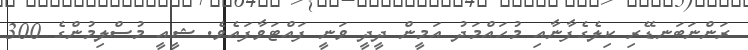
ރަންނަބަނޑޭރި ކިލެގެފާނާއި މުހައްމަދު އަމީން ދީދީ ވަނީ ފައްޓަވާފައެވެ. ޝީއީ މުސްލިމުންގެ 300